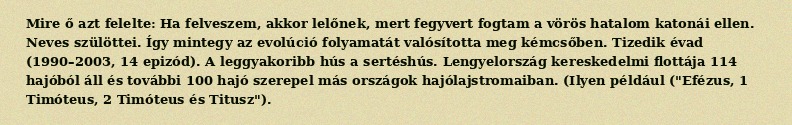
Mire ő azt felelte: Ha felveszem, akkor lelőnek, mert fegyvert fogtam a vörös hatalom katonái ellen. Neves szülöttei. Így mintegy az evolúció folyamatát valósította meg kémcsőben. Tizedik évad (1990–2003, 14 epizód). A leggyakoribb hús a sertéshús. Lengyelország kereskedelmi flottája 114 hajóból áll és további 100 hajó szerepel más országok hajólajstromaiban. (Ilyen például ("Efézus, 1 Timóteus, 2 Timóteus és Titusz").